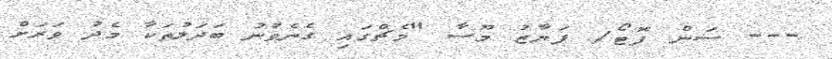
--- ސަން ފޮޓޯ/ ފަޔާޒު މޫސާ "މެޗްގައި ގެނެވުނު ބަދަލުތަކާ މެދު ވަރަށް